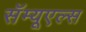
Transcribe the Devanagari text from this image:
सॅम्यूएल्स